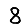
Digit: 8